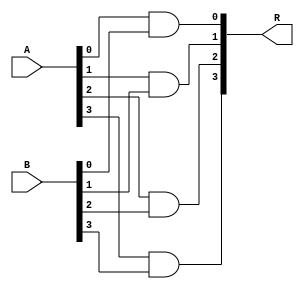
module _4bit_and (R, A, B);
input [3:0] A,B;
output [3:0] R;
and and0(R[0], A[0], B[0]);
and and1(R[1], A[1], B[1]);
and and2(R[2], A[2], B[2]);
and and3(R[3], A[3], B[3]);

endmodule